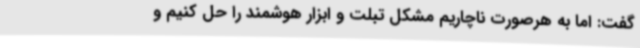
گفت: اما به هرصورت ناچاریم مشکل تبلت و ابزار هوشمند را حل کنیم و